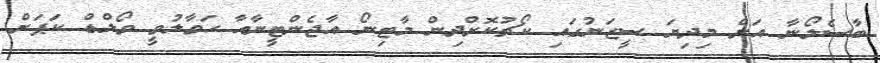
ބާސެލޯނާ އަށް މިދިޔަ ސީޒަނުގައި ކޯޗުކޮށްދިން މާޓިނޯ އާޖެންޓީނާއާ ހަވާލުވީ ވޯލްޑް ކަޕަށް